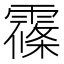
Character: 𲊅